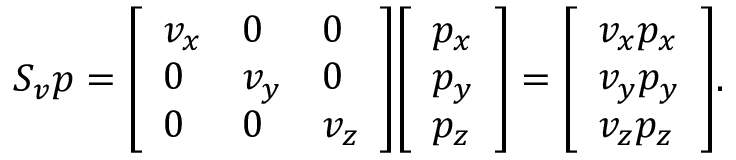
S _ { v } p = { \left[ \begin{array} { l l l } { v _ { x } } & { 0 } & { 0 } \\ { 0 } & { v _ { y } } & { 0 } \\ { 0 } & { 0 } & { v _ { z } } \end{array} \right] } { \left[ \begin{array} { l } { p _ { x } } \\ { p _ { y } } \\ { p _ { z } } \end{array} \right] } = { \left[ \begin{array} { l } { v _ { x } p _ { x } } \\ { v _ { y } p _ { y } } \\ { v _ { z } p _ { z } } \end{array} \right] } .